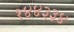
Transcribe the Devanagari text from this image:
१४४३३४